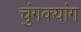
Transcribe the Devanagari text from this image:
चुंगक्यांग